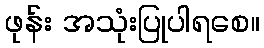
ဖုန်း အသုံးပြုပါရစေ။